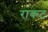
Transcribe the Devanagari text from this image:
राकट